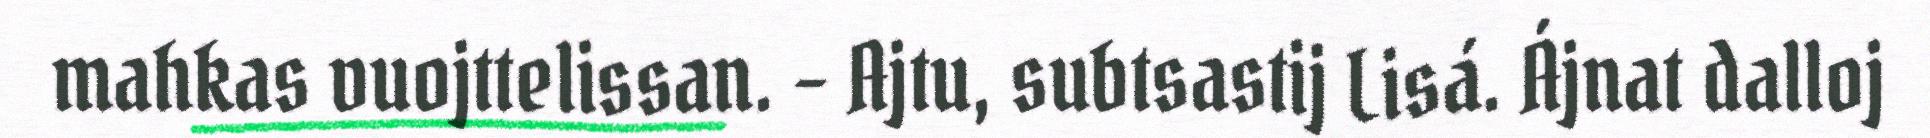
mahkas vuojttelissan. – Ajtu, subtsastij Lisá. Ájnat dalloj